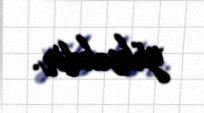
yüksəkdir.